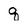
Character: q